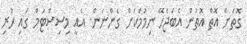
ގޮތަށް އޮތް އޮތުން އެބަޖެހޭ ނިމުމަކަށް ގެންނަން. އެއީ މިސިސްޓަމް ގައި ހުރި